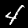
Label: 4